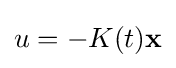
u=-K(t)\mathbf {x}